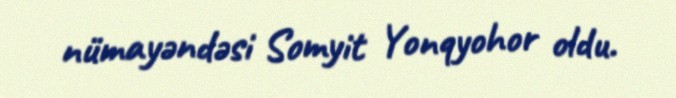
nümayəndəsi Somyit Yonqyohor oldu.